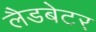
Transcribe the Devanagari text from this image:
लैडबेटर